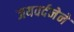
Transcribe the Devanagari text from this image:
जयवर्दनेने